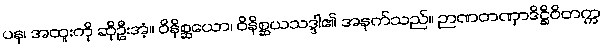
ပန၊ အထူးကို ဆိုဦးအံ့။ ဝိနိစ္ဆယော၊ ဝိနိစ္ဆယသဒ္ဒါ၏ အနက်သည်။ ဉာဏတဏှာဒိဋ္ဌိဝိတက္က